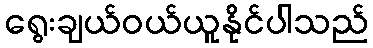
ရွေးချယ်ဝယ်ယူနိုင်ပါသည်